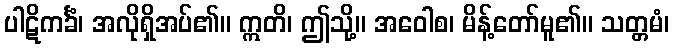
ပါဋိကင်္ခံ၊ အလိုရှိအပ်၏။ ဣတိ၊ ဤသို့။ အဝေါစ၊ မိန့်တော်မူ၏။ သတ္တမံ၊